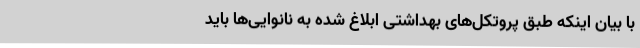
با بیان اینکه طبق پروتکل‌های بهداشتی ابلاغ شده به نانوایی‌ها باید